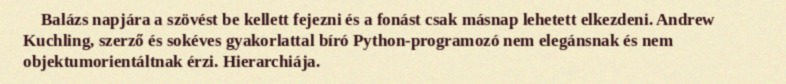
Balázs napjára a szövést be kellett fejezni és a fonást csak másnap lehetett elkezdeni. Andrew Kuchling, szerző és sokéves gyakorlattal bíró Python-programozó nem elegánsnak és nem objektumorientáltnak érzi. Hierarchiája.